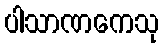
ပါသာဏကေသု